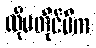
ထိုမတိုင်မီက